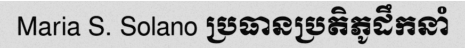
Maria S. Solano ប្រធានប្រតិភូដឹកនាំ